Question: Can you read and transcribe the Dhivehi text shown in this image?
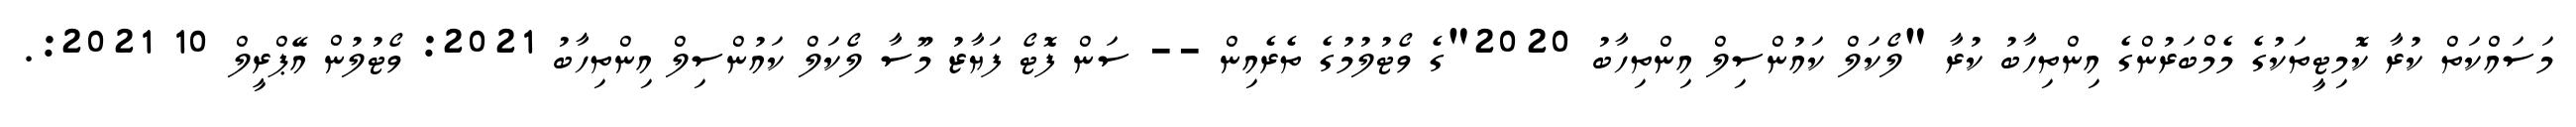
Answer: މަސައްކަތް ކުރާ ކޮމިޓީތަކުގެ މެމްބަރުންގެ އިންތިހާބު ކުރާ "ލޯކަލް ކައުންސިލް އިންތިހާބު 2020"ގެ ވޯޓުލުމުގެ ތެރެއިން -- ސަން ފޮޓޯ ފަޔާޒު މޫސާ ލޯކަލް ކައުންސިލް އިންތިހާބު 2021: ވޯޓުލުން އޭޕްރީލް 10 2021:.